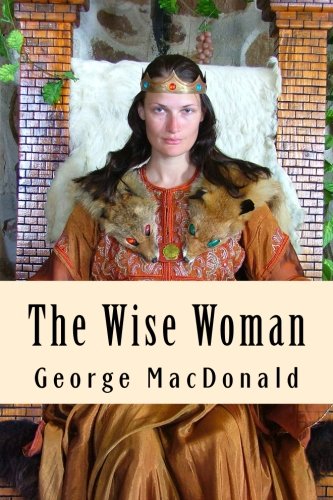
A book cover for The Wise Woman; George MacDonald; Literature & Fiction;